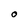
Character: O